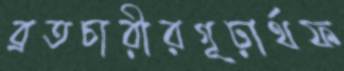
ব্রতচারীরগূঢ়ার্থফ